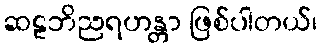
ဆဠဘိညရဟန္တာ ဖြစ်ပါတယ်၊